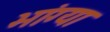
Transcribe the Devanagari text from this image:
भांग्या